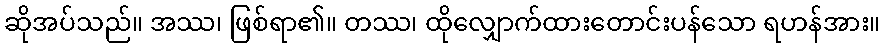
ဆိုအပ်သည်။ အဿ၊ ဖြစ်ရာ၏။ တဿ၊ ထိုလျှောက်ထားတောင်းပန်သော ရဟန်အား။